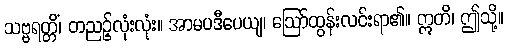
သဗ္ဗရတ္တိံ၊ တညဉ့်လုံးလုံး။ အာမပဒီပေယျ၊ ဩော်ထွန်းလင်းရာ၏။ ဣတိ၊ ဤသို့။